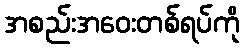
အစည်းအဝေးတစ်ရပ်ကို